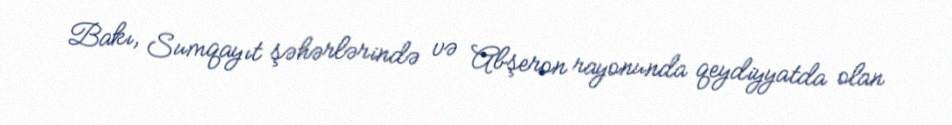
Bakı, Sumqayıt şəhərlərində və Abşeron rayonunda qeydiyyatda olan